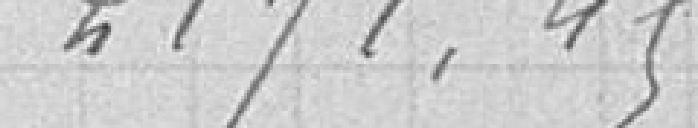
2171,45